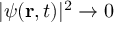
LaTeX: | \psi ( \mathbf { r } , t ) | ^ { 2 } \to 0